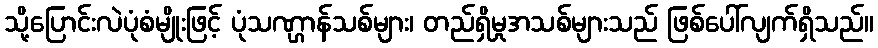
သို့ပြောင်းလဲပုံစံမျိုးဖြင့် ပုံသဏ္ဌာန်သစ်များ၊ တည်ရှိမှုအသစ်များသည် ဖြစ်ပေါ်လျက်ရှိသည်။